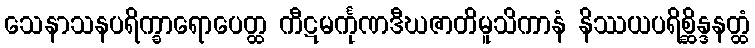
သေနာသနပရိက္ခာရောပေတ္ထ ကီဋမင်္ကုဏဒီဃဇာတိမူသိကာနံ နိဿယပရိစ္ဆိန္ဒနတ္ထံ